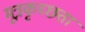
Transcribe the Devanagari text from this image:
मूत्रकृच्छता